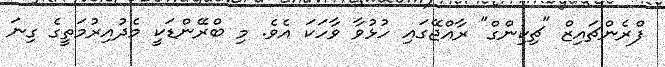
ފްރެންޗައިޒް "ޗިކިންގް" ރާއްޖޭގައި ހުޅުވާ ވާހަކަ އެވެ. މި ބްރޭންޑަކީ މެދުއިރުމަތީގެ ގިނަ